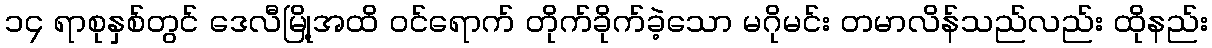
၁၄ ရာစုနှစ်တွင် ဒေလီမြို့အထိ ဝင်ရောက် တိုက်ခိုက်ခဲ့သော မဂိုမင်း တမာလိန်သည်လည်း ထိုနည်း